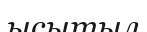
ысытыл